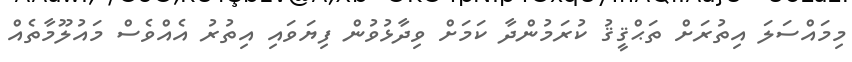
މިމައްސަލަ އިތުރަށް ތަޙްޤީޤު ކުރަމުންދާ ކަމަށް ވިދާޅުވުން ފިޔަވައި އިތުރު އެއްވެސް މައުލޫމާތެއް